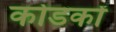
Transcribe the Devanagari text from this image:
कोडकों